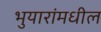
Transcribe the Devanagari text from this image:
भुयारांमधील